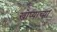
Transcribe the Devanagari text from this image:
खोप्याच्या